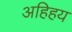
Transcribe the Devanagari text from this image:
अहिहय